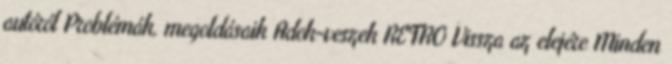
autóról Problémák, megoldásaik Adok-veszek RETRO Vissza az elejére Minden